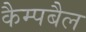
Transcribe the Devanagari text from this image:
कैम्पबैल